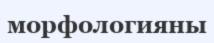
морфологияны